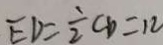
E D = \frac { 1 } { 2 } C D = 1 2